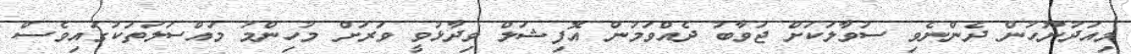
މިއަދުނޫހުން ދެންނެވި ސުވާލަކަށް ޖަވާބު ދެއްވަމުން އޮފިޝަލް ވިދާޅުވީ ވަރަށް މުހިންމު މައްސަލަތަކުގައިވެސް